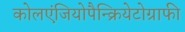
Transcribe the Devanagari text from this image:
कोलएंजियोपैन्क्रियेटोग्राफी